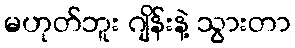
မဟုတ်ဘူး ဂျိန်းနဲ့ သွားတာ